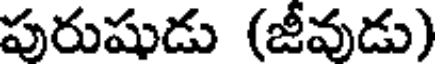
పురుషుడు (జీవుడు)